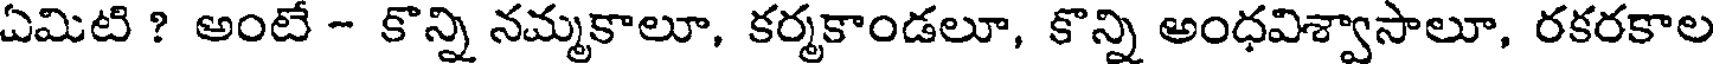
ఏమిటి ? అంటే - కొన్ని నమ్మకాలూ, కర్మకాండలూ, కొన్ని అంధవిశ్వాసాలూ, రకరకాల